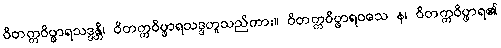
ဝိတက္ကဝိပ္ဖာရသဒ္ဒန္တိ၊ ဝိတက္ကဝိပ္ဖာရသဒ္ဒဟူသည်ကား။ ဝိတက္ကဝိပ္ဖာရဝသေ န၊ ဝိတက္ကဝိပ္ဖာရ၏